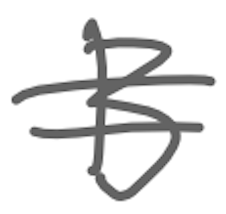
Text: B
Cross-out: double-line
Writing tool: digital_gray